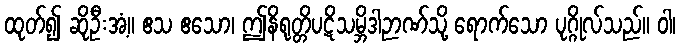
ထုတ်၍ ဆိုဦးအံ့။ ဧသ ဧသော၊ ဤနိရုတ္တိပဋိသမ္ဘိဒါဉာဏ်သို့ ရောက်သော ပုဂ္ဂိုလ်သည်။ ဝါ၊